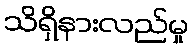
သိရှိနားလည်မှု